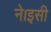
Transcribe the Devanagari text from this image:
ने।इसी